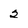
Character: 2